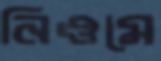
নিওমে